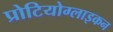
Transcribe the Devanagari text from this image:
प्रोटियोग्लाइकन